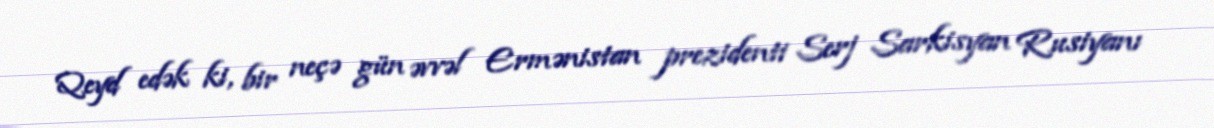
Qeyd edək ki, bir neçə gün əvvəl Ermənistan prezidenti Serj Sarkisyan Rusiyanı